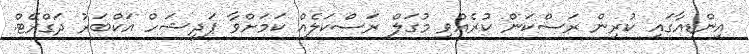
އިންޑިއާގައި ކުރިން ރަސްކަން ކުރެއްވި މުގަލް ރަސްކަލެއް ކަމަށްވާ ޕަދީޝަހް އަކްބަރު ދަގްރޭޓް.